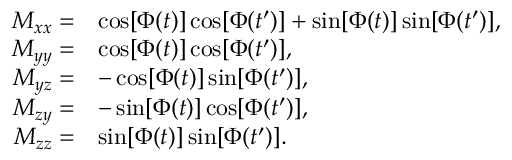
\begin{array} { r l } { M _ { x x } = } & { \cos [ \Phi ( t ) ] \cos [ \Phi ( t ^ { \prime } ) ] + \sin [ \Phi ( t ) ] \sin [ \Phi ( t ^ { \prime } ) ] , } \\ { M _ { y y } = } & { \cos [ \Phi ( t ) ] \cos [ \Phi ( t ^ { \prime } ) ] , } \\ { M _ { y z } = } & { - \cos [ \Phi ( t ) ] \sin [ \Phi ( t ^ { \prime } ) ] , } \\ { M _ { z y } = } & { - \sin [ \Phi ( t ) ] \cos [ \Phi ( t ^ { \prime } ) ] , } \\ { M _ { z z } = } & { \sin [ \Phi ( t ) ] \sin [ \Phi ( t ^ { \prime } ) ] . } \end{array}